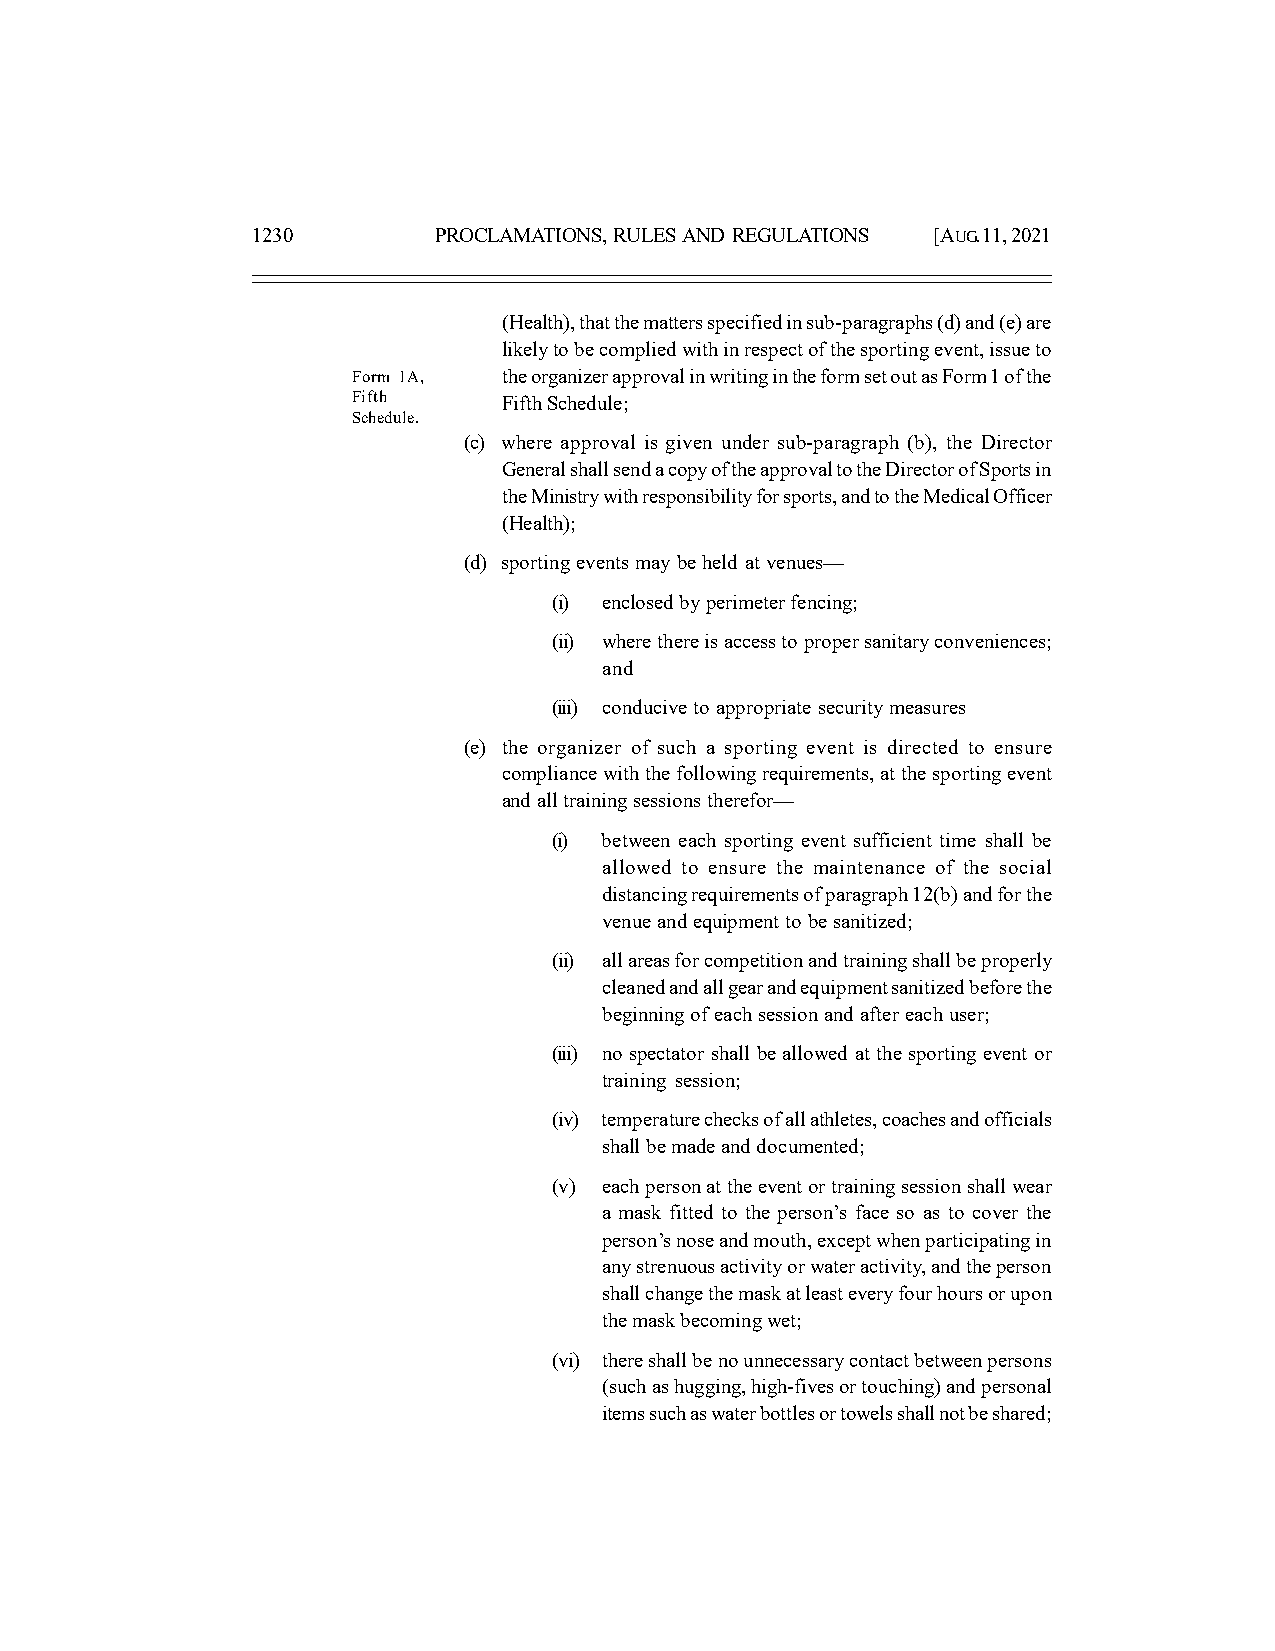
1230        PROCLAMATIONS, RULES AND REGULATIONS [AUG. 11, 2021
 (Health), that the matters specified in sub-paragraphs (d) and (e) are
 likely to be complied with in respect of the sporting event, issue to
 Form 1A,  the organizer approval in writing in the form set out as Form 1 of the
 Fifth     Fifth Schedule;
 Schedule.
 (c) where approval is given under sub-paragraph (b), the Director
 General shall send a copy of the approval to the Director of Sports in
 the Ministry with responsibility for sports, and to the Medical Officer
 (Health);
 (d) sporting events may be held at venues—
 (i) enclosed by perimeter fencing;
 (ii) where there is access to proper sanitary conveniences;
 and
 (iii) conducive to appropriate security measures
 (e) the organizer of such a sporting event is directed to ensure
 compliance with the following requirements, at the sporting event
 and all training sessions therefor—
 (i) between each sporting event sufficient time shall be
 allowed to ensure the maintenance of the social
 distancing requirements of paragraph 12(b) and for the
 venue and equipment to be sanitized;
 (ii) all areas for competition and training shall be properly
 cleaned and all gear and equipment sanitized before the
 beginning of each session and after each user;
 (iii) no spectator shall be allowed at the sporting event or
 training session;
 (iv) temperature checks of all athletes, coaches and officials
 shall be made and documented;
 (v) each person at the event or training session shall wear
 a mask fitted to the person’s face so as to cover the
 person’s nose and mouth, except when participating in
 any strenuous activity or water activity, and the person
 shall change the mask at least every four hours or upon
 the mask becoming wet;
 (vi) there shall be no unnecessary contact between persons
 (such as hugging, high-fives or touching) and personal
 items such as water bottles or towels shall not be shared;